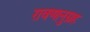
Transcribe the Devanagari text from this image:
रावणानुग्रह